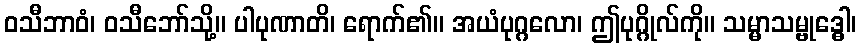
ဝသီဘာဝံ၊ ဝသီဘော်သို့။ ပါပုဏာတိ၊ ရောက်၏။ အယံပုဂ္ဂလော၊ ဤပုဂ္ဂိုလ်ကို။ သမ္မာသမ္ဗုဒ္ဓေါ၊